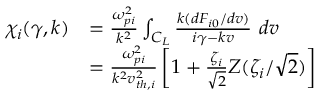
\begin{array} { r l } { \chi _ { i } ( \gamma , k ) } & { = \frac { \omega _ { p i } ^ { 2 } } { k ^ { 2 } } \int _ { C _ { L } } \frac { k ( d F _ { i 0 } / d v ) } { i \gamma - k v } \ d v } \\ & { = \frac { \omega _ { p i } ^ { 2 } } { k ^ { 2 } v _ { t h , i } ^ { 2 } } \left[ 1 + \frac { \zeta _ { i } } { \sqrt { 2 } } Z ( \zeta _ { i } / \sqrt { 2 } ) \right] } \end{array}